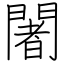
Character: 闍